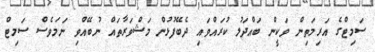
ސަމިޓްގެ އަރިމަތިން ވަކީން ބައްދަލު ކުރައްވައި ދެބޭފުޅުން މަޝްވަރާތައް ނުބޭއްވި ނަމަވެސް ސަމިޓް